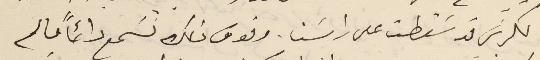
الكرسَي قد سَقطت على راسَنا. وفوق ذلك نسَمع دائماً ما لم